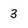
Character: 3